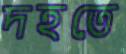
দহতে